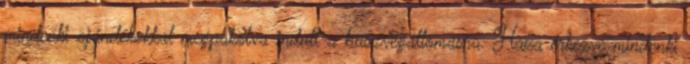
mindenki ajándékokkal megpakolva indult a buszvégállomásra. Haza érkezve mindenki